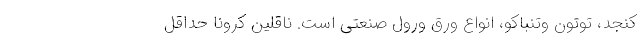
کنجد، توتون وتنباکو، انواع ورق ورول صنعتی است. ناقلين کرونا حداقل